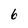
Character: 6